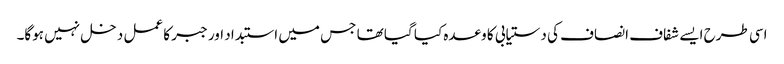
اسی طرح ایسے شفاف انصاف کی دستیابی کا وعدہ کیا گیا تھا جس میں استبداد اور جبر کا عمل دخل نہیں ہوگا۔